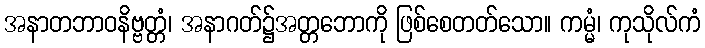
အနာတဘာဝနိဗ္ဗတ္တံ၊ အနာဂတ်၌အတ္တဘောကို ဖြစ်စေတတ်သော။ ကမ္မံ၊ ကုသိုလ်ကံ